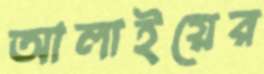
আলাইয়ের